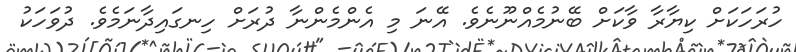
ހުރަހަކަށް ކިޔާރާ ވާކަށް ބޭނުމެއްނޫނެވެ. އޭނަ މި އެންމެންނާ ދުރަށް ހިނގައިދާނަމެވެ. ދުވަހަކު